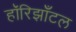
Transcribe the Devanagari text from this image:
हॉरिझाँटल